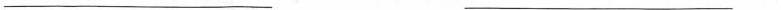
___ ___